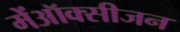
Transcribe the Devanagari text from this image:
मेंऑक्सीजन